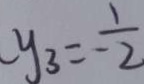
y _ { 3 } = - \frac { 1 } { 2 }